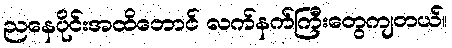
ညနေပိုင်းအထိတောင် လက်နက်ကြီးတွေကျတယ်။